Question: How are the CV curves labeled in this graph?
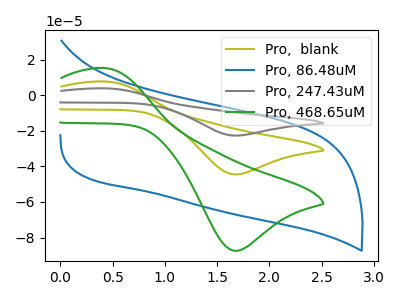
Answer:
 <answer>The olive curve is labeled "Pro,  blank". The blue curve is labeled "Pro, 86.48uM". The gray curve is labeled "Pro, 247.43uM". The green curve is labeled "Pro, 468.65uM".</answer>
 <eval></eval>